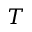
T